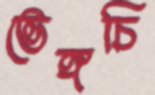
ভেঙ্গচি